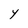
Character: Y